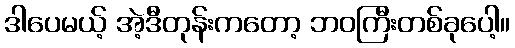
ဒါပေမယ့် အဲ့ဒီတုန်းကတော့ ဘဝကြီးတစ်ခုပေါ့။